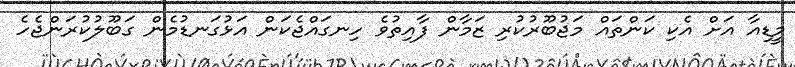
މީޑިއާ އަށް އެކި ކަންތައް މަޖުބޫރުކުރި ޒަމާން ފާއިތުވެ ހިނގައްޖެކަން އަޅުގަނޑުމެން ގަބޫލުކުރަންޖެހެ